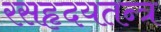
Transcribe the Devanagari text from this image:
रसहृदयतन्त्र